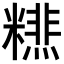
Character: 𥼞